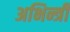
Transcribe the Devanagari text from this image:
अभिन्त्री